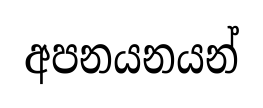
අපනයනයන්